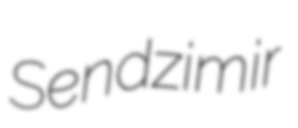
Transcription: Sendzimir